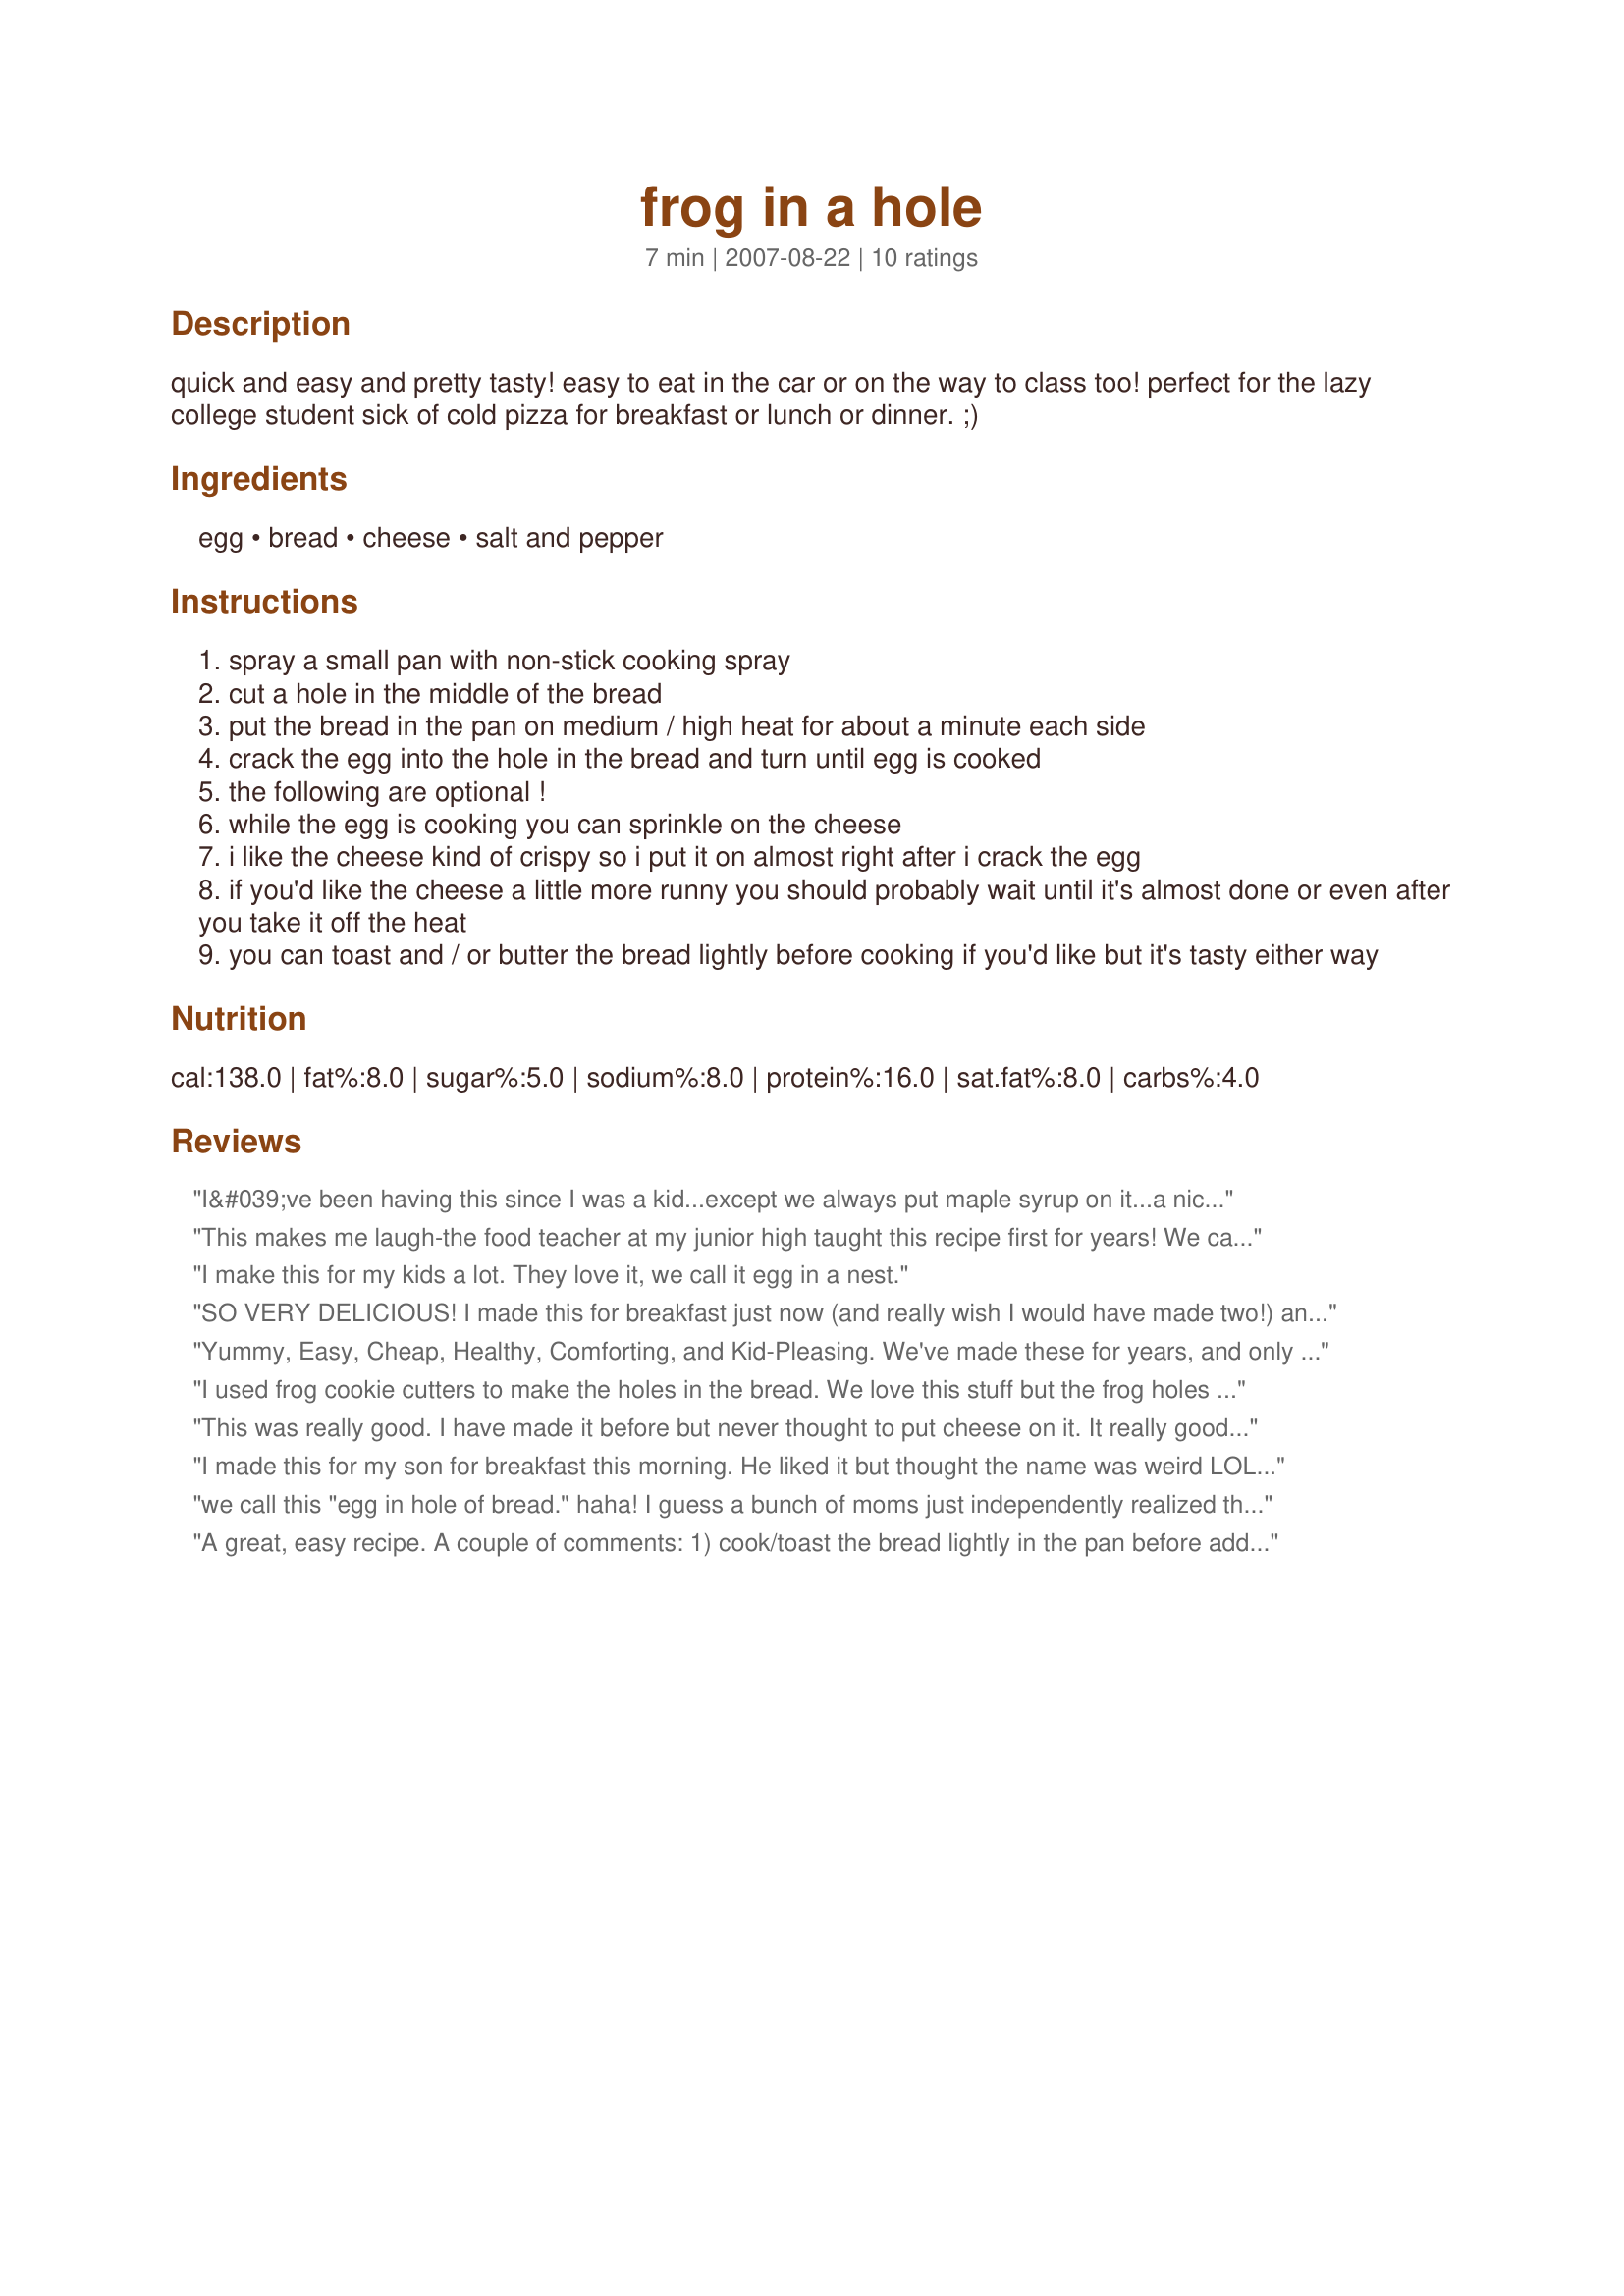
frog in a hole
Preparation time: 7 minutes

quick and easy and pretty tasty! easy to eat in the car or on the way to class too! perfect for the lazy college student sick of cold pizza for breakfast or lunch or dinner. ;)

Ingredients:
egg, bread, cheese, salt and pepper

Steps:
spray a small pan with non-stick cooking spray
cut a hole in the middle of the bread
put the bread in the pan on medium / high heat for about a minute each side
crack the egg into the hole in the bread and turn until egg is cooked
the following are optional !
while the egg is cooking you can sprinkle on the cheese
i like the cheese kind of crispy so i put it on almost right after i crack the egg
if you'd like the cheese a little more runny you should probably wait until it's almost done or even after you take it off the heat
you can toast and / or butter the bread lightly before cooking if you'd like but it's tasty either way

Reviews:
I&#039;ve been having this since I was a kid...except we always put maple syrup on it...a nice amount of syrup on the cut out piece. ..it&#039;s sooo good.. Similar to French Toast but better!!! Try it once and you&#039;ll be hooked. :)
This makes me laugh-the food teacher at my junior high taught this recipe first for years! We call it Eggs in a Frame. Easy & tasty!
I make this for my kids a lot. They love it, we call it egg in a nest.
SO VERY DELICIOUS! I made this for breakfast just now (and really wish I would have made two!) and though my dad made this for us all the time as kids, I'd never made it by myself before, nor ever thought to include cheese (AWESOME!) or to use a cookie cutter for the hole as some reviewers suggested (adorable-I used a Halloween Kitty Cat face). These changes were fantastic and I absolutely loved my tasty little meal this morning! I'm sure to make it again and again! Thanks so much for posting!
Yummy, Easy, Cheap, Healthy, Comforting, and Kid-Pleasing. We've made these for years, and only this morning daughter chose to cook them for a friend and herself. We just cut a small triangle out of the centre - just enough to keep the yolk centred. Beats sugar laden cereals hands down, much more satisfying. We sometimes sprinkle a little chicken stock powder on the egg, and skip the cheese.
I used frog cookie cutters to make the holes in the bread. We love this stuff but the frog holes made it extra special and my daughter LOVED it! Thanks.
This was really good. I have made it before but never thought to put cheese on it. It really good with cheese on it. It is definitely comfort food. I will definitely be making this again and again. Thank you for sharing your recioe Made for PAC Spring 'o8.
I made this for my son for breakfast this morning. He liked it but thought the name was weird LOL. I added some red pepper flakes for him because he likes things spicy. Nice quick easy breakfast. Made for Spring PAC 2011.
we call this "egg in hole of bread." haha! I guess a bunch of moms just independently realized that kids will eat bread and an egg if they call it by a special name ;)

I always sprinkle tony chacherie's on top (the wet side).
A great, easy recipe. A couple of comments: 1) cook/toast the bread lightly in the pan before adding the egg~~if you let it brown too much it will become very dark by the time the egg is cooked, 2) If you want the egg cooked all the way through rather than soft-cooked, be sure to pierce the yolk before you flip it, and 3) Use whole wheat, multigrain bread for a nutritional boost. Was a hit with my picky daughter, will definitely make again.
